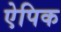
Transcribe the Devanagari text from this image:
ऐपिक